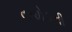
વરઘોડાની